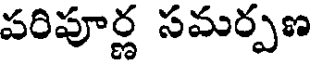
పరిపూర్ణ సమర్పణ